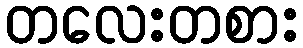
တလေးတစား